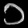
Digit: ၁